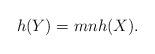
LaTeX: \begin{align*}h(Y) = mn h(X).\end{align*}